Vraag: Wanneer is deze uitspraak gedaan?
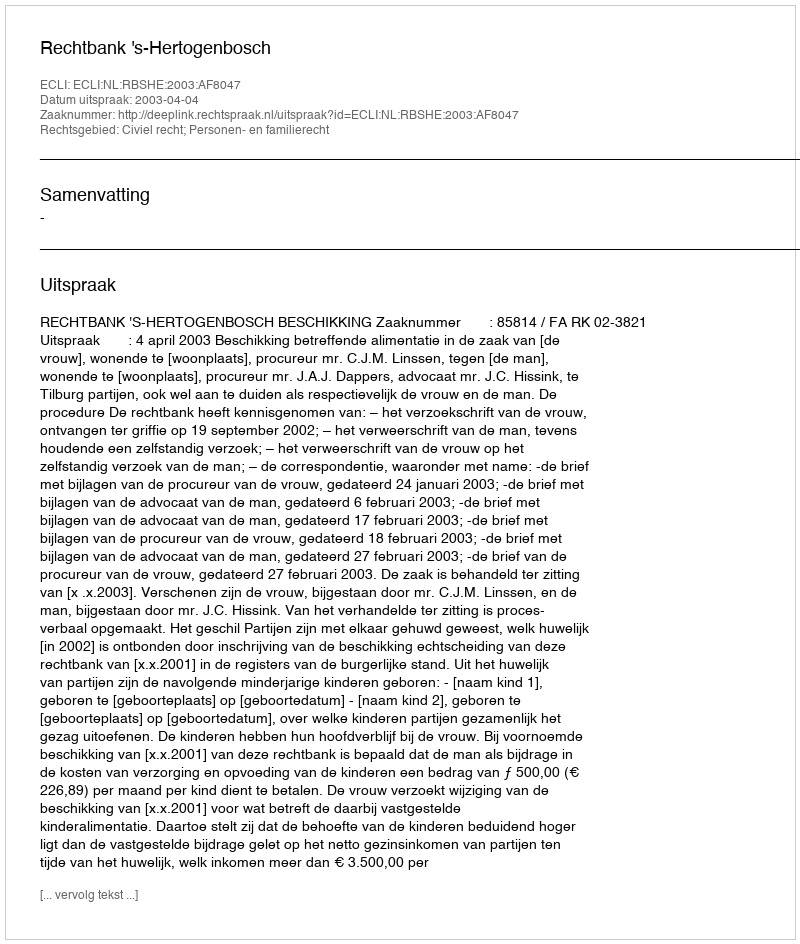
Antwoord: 2003-04-04